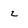
Character: 2